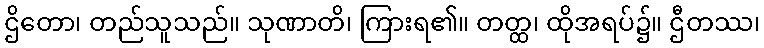
ဌိတော၊ တည်သူသည်။ သုဏာတိ၊ ကြားရ၏။ တတ္ထ၊ ထိုအရပ်၌။ ဌီတဿ၊